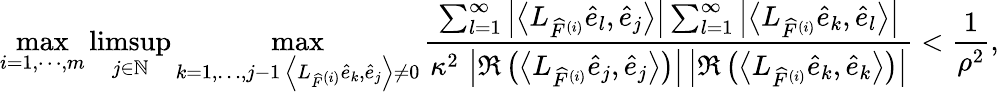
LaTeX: \operatorname*{max}_{i=1,\cdots,m}\operatorname*{limsup}_{j\in\mathbb{N}}\operatorname*{max}_{\substack{k=1,\dots,j-1\, \left\langle L_{\widehat{F}^{(i)}}\widehat{e}_{k},\widehat{e}_{j}\right\rangle\neq 0}}\frac{\sum_{l=1}^{\infty}\left|\left\langle L_{\widehat{F}^{(i)}}\widehat{e}_{l},\widehat{e}_{j}\right\rangle\right|\sum_{l=1}^{\infty}\left|\left\langle L_{\widehat{F}^{(i)}}\widehat{e}_{k},\widehat{e}_{l}\right\rangle\right|}{\kappa^{2}\, \left|\Re\left(\left\langle L_{\widehat{F}^{(i)}}\widehat{e}_{j},\widehat{e}_{j}\right\rangle\right)\right|\left|\Re\left(\left\langle L_{\widehat{F}^{(i)}}\widehat{e}_{k},\widehat{e}_{k}\right\rangle\right)\right|}<\frac{1}{\rho^{2}},